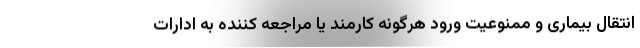
انتقال بیماری و ممنوعیت ورود هرگونه کارمند یا مراجعه کننده به ادارات